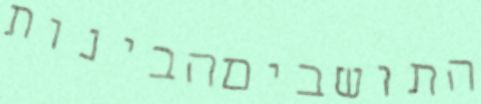
התושביםהבינות